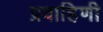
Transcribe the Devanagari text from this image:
प्रवाहिणी